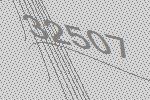
32507